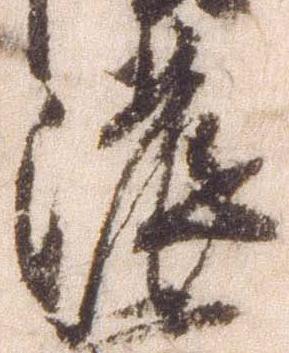
濃